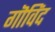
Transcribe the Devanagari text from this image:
गॊविंद